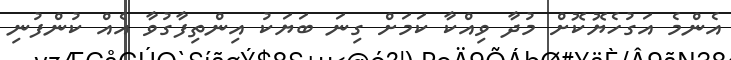
އެންމެ އަގުހެޔޮކޮށް މުދާ ވިއްކާ ކަމަށް ގިނަ ބަޔަކު އިންތިފާގުވާ އެއް ކުންފުނި